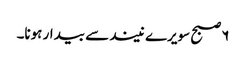
۶ صبح سویرے نیند سے بیدار ہونا۔